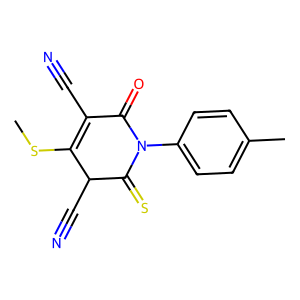
SMILES: CSC1=C(C#N)C(=O)N(c2ccc(C)cc2)C(=S)C1C#N
Inhibits HIV replication: No